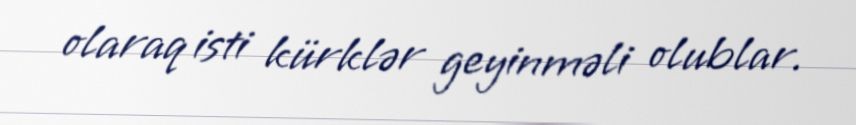
olaraq isti kürklər geyinməli olublar.